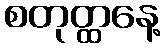
စတုတ္ထနေ့